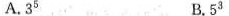
A.3^{5} B.5^{3}